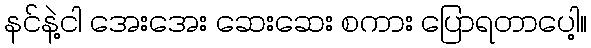
နင်နဲ့ငါ အေးအေး ဆေးဆေး စကား ပြောရတာပေါ့။